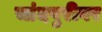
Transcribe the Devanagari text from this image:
चांदपुरीवर